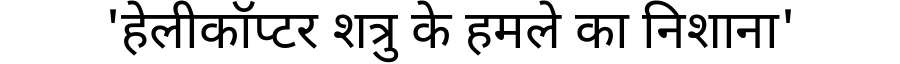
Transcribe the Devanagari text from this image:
'हेलीकॉप्टर शत्रु के हमले का निशाना'